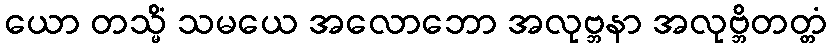
ယော တသ္မိံ သမယေ အလောဘော အလုဗ္ဘနာ အလုဗ္ဘိတတ္တံ